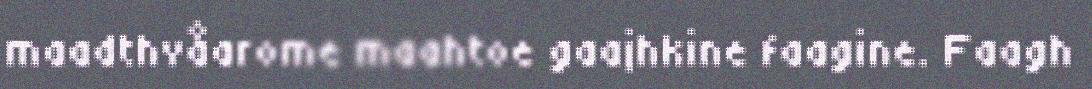
maadthvåarome maahtoe gaajhkine faagine. Faagh